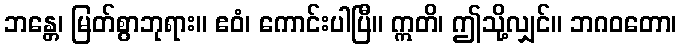
ဘန္တေ၊ မြတ်စွာဘုရား။ ဧဝံ၊ ကောင်းပါပြီ။ ဣတိ၊ ဤသို့လျှင်။ ဘဂဝတော၊